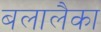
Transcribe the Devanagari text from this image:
बलालैका